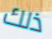
ذلك